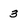
Character: 3